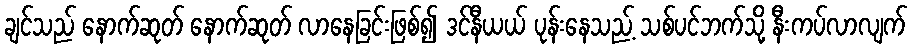
ချင်သည် နောက်ဆုတ် နောက်ဆုတ် လာနေခြင်းဖြစ်၍ ဒင်နီယယ် ပုန်းနေသည့် သစ်ပင်ဘက်သို့ နီးကပ်လာလျက်